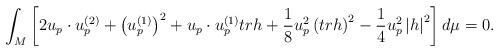
LaTeX: \begin{align*}\int_{M}\left[ 2u_{p}\cdot u_{p}^{\left( 2\right) }+\left( u_{p}^{\left(1\right) }\right) ^{2}+u_{p}\cdot u_{p}^{\left( 1\right) }trh+\frac{1}{8}u_{p}^{2}\left( trh\right) ^{2}-\frac{1}{4}u_{p}^{2}\left\vert h\right\vert^{2}\right] d\mu =0. \end{align*}